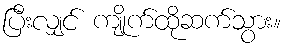
ပြီးလျှင် ကျိုက်ထိုဆက်သွား။